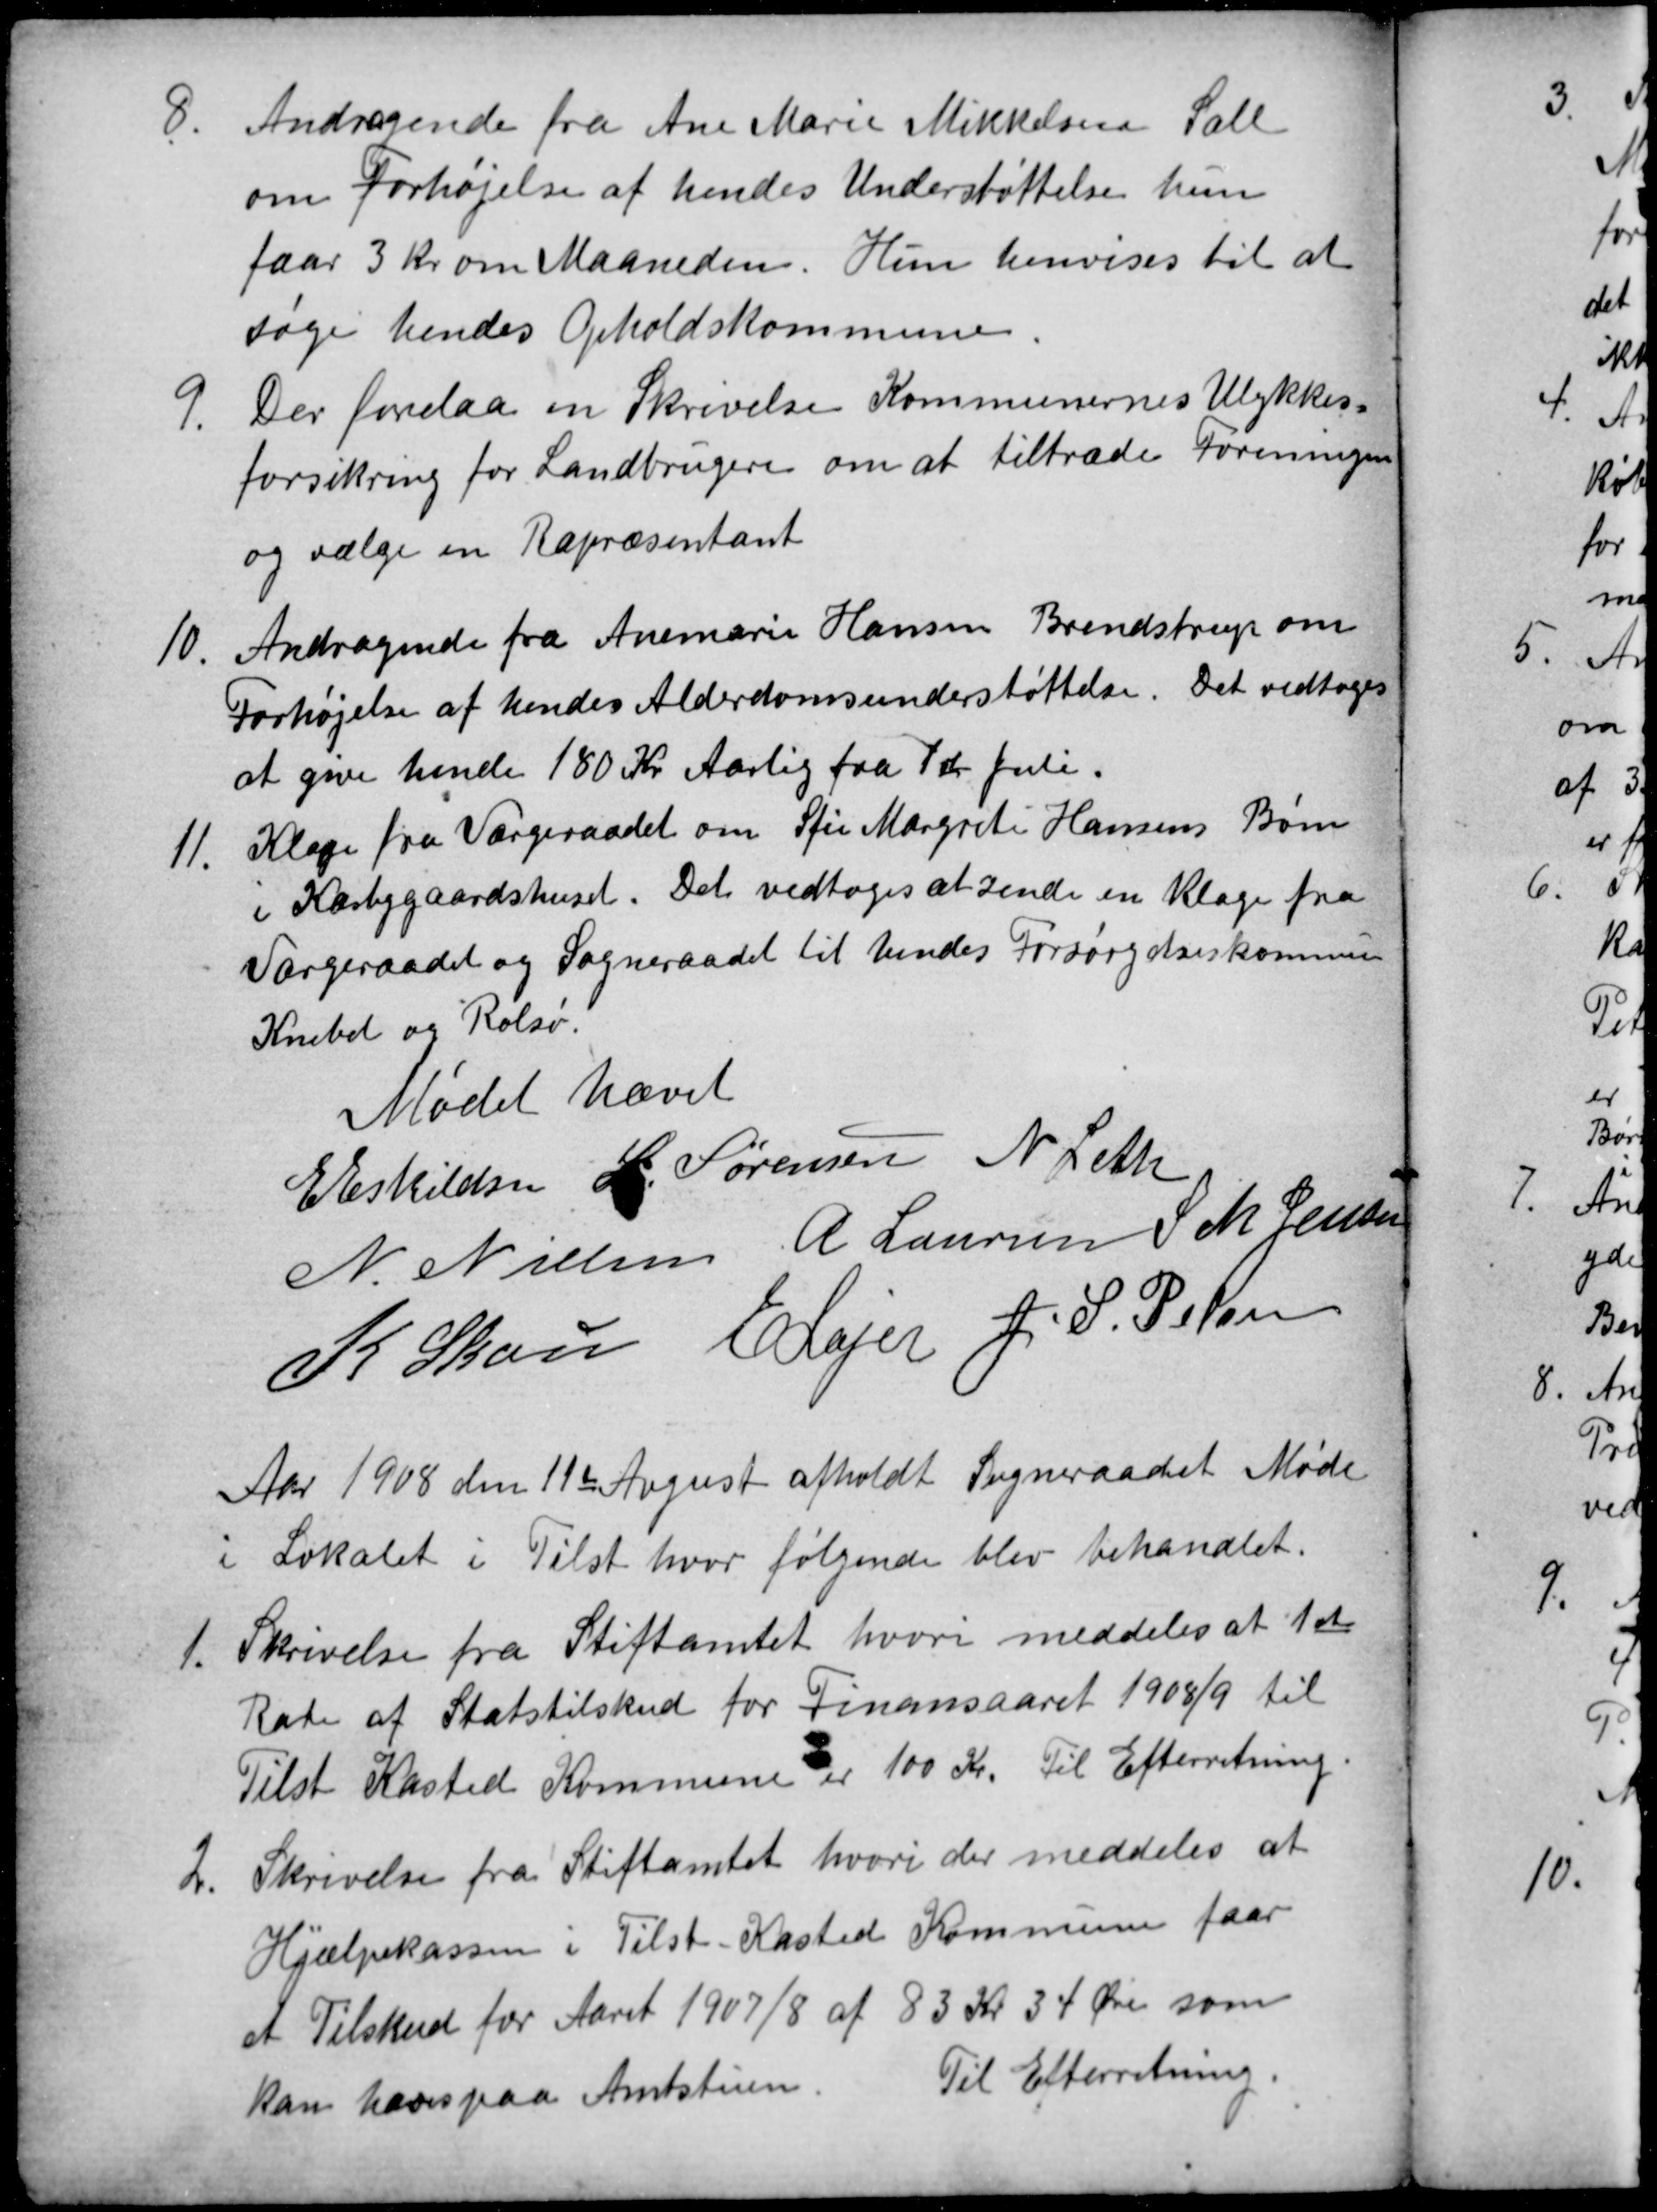
Transskription:
8
Andragende fra Ane Marie Mikkelsen Sall
om Forhøjelse af hendes Understøttelse hun
faar 3 Kr om Maaneden. Hun henvises til at
søge hendes Opholdskommune
9.
Der forelaa en Skrivelse Kommunernes Ulykkes
forsikring for Landbrugere om at tiltræde Foreningen
og vælge en Repræsentant
10.
Andragende fra Anemarie Hansen Brendstrup om
Forhøjelse af hendes Alderdomsunderstøttelse. Det vedtoges
at give hende 180 Kr Aarlig fra 1 st Juli.
11.
Klage fra Værgeraadet om Sfie Margrete Hansens Børn
i Kærbygaardshuset. Det vedtoges at sende en Klage fra
Værgeraadet og Sogneraadet til hendes Forsørgelseskommun
Knebel og Rolsø.
Mødet hævet
E Eskildsen L. Sørensen N Leth
N Nielsen A Laursen S. M. Jensen
K Skou E Lajer J. S. Pelsen
Aar 1908 den 11te August afholdt Sogneraadet Møde
i Lokalet i Tilst hvor følgende blev behandlet.
1.
Skrivelse fra Stiftamtet hvori meddeles at 1ste
Rate af Statstilskud for Finansaaret 1908/9 til
Tilst Kasted Kommune er 100 Kr. Til Efterretning.
2.
Skrivelse fra Stiftamtet, hvori der meddeles at
Hjælpekassen i Tilst-Kasted Kommune faar
et Tilskud for Aaret 1907/8 af 83 Kr 34 Øre som
kan hæves paa Amtstuen.
Til Efterretning.